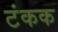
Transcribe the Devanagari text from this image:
टंकक